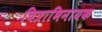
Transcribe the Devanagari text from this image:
चित्राभिनायक